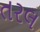
તરલ